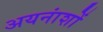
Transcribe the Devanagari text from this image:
अयनांशों